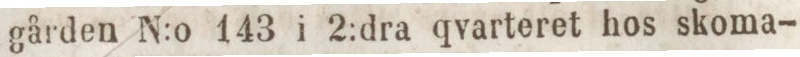
gården N:o 143 i 2:dra qvarteret hos skoma-